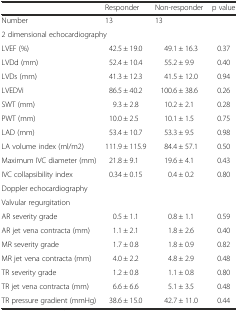
|  | Responder | Non-responder | p value |
 | --- | --- | --- | --- |
 | Number | 13 | 13 |  |
 | <COLSPAN=4> 2 dimensional echocardiography |
 | LVEF (%) | 42.5 ± 19.0 | 49.1 ± 16.3 | 0.37 |
 | LVDd (mm) | 52.4 ± 10.4 | 55.2 ± 9.9 | 0.40 |
 | LVDs (mm) | 41.3 ± 12.3 | 41.5 ± 12.0 | 0.94 |
 | LVEDVi | 86.5 ± 40.2 | 100.6 ± 38.6 | 0.26 |
 | SWT (mm) | 9.3 ± 2.8 | 10.2 ± 2.1 | 0.28 |
 | PWT (mm) | 10.0 ± 2.5 | 10.1 ± 1.5 | 0.75 |
 | LAD (mm) | 53.4 ± 10.7 | 53.3 ± 9.5 | 0.98 |
 | LA volume index (ml/m2) | 111.9 ± 115.9 | 84.4 ± 57.1 | 0.50 |
 | Maximum IVC diameter (mm) | 21.8 ± 9.1 | 19.6 ± 4.1 | 0.43 |
 | IVC collapsibility index | 0.34 ± 0.15 | 0.4 ± 0.2 | 0.80 |
 | <COLSPAN=4> Doppler echocardiography |
 | <COLSPAN=4> Valvular regurgitation |
 | AR severity grade | 0.5 ± 1.1 | 0.8 ± 1.1 | 0.59 |
 | AR jet vena contracta (mm) | 1.1 ± 2.1 | 1.8 ± 2.6 | 0.40 |
 | MR severity grade | 1.7 ± 0.8 | 1.8 ± 0.9 | 0.82 |
 | MR jet vena contracta (mm) | 4.0 ± 2.2 | 4.8 ± 2.9 | 0.48 |
 | TR severity grade | 1.2 ± 0.8 | 1.1 ± 0.8 | 0.80 |
 | TR jet vena contracta (mm) | 6.6 ± 6.6 | 5.1 ± 3.5 | 0.48 |
 | TR pressure gradient (mmHg) | 38.6 ± 15.0 | 42.7 ± 11.0 | 0.44 |